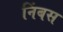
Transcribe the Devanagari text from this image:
निंबस